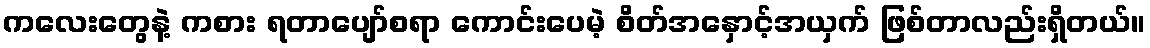
ကလေးတွေနဲ့ ကစား ရတာပျော်စရာ ကောင်းပေမဲ့ စိတ်အနှောင့်အယှက် ဖြစ်တာလည်းရှိတယ်။